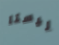
ليستا